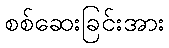
စစ်ဆေးခြင်းအား